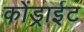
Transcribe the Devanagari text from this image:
कोंड्राईट